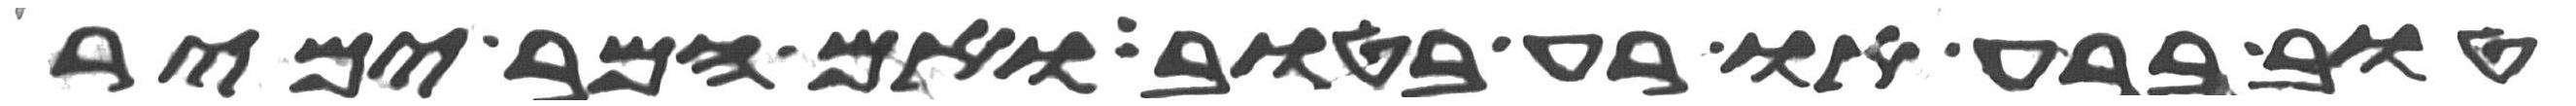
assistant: טוב ברע או רע בטוב ואם המר ימיר